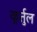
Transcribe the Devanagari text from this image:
कुर्तुल